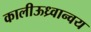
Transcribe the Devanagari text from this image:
कालीऊध्र्वान्वय